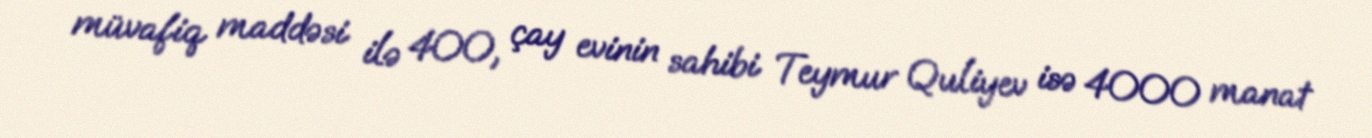
müvafiq maddəsi ilə 400, çay evinin sahibi Teymur Quliyev isə 4000 manat